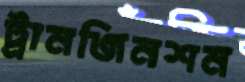
ট্রানজিনশন